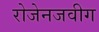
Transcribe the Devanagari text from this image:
रोजेनजवीग